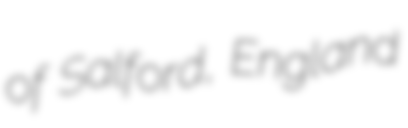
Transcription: of Salford, England